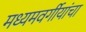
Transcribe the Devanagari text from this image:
मध्यमवर्गीयांचा